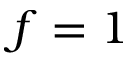
f = 1